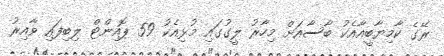
ރޭގެ ކާމިޔާބީއާއެކު ބާސާއަށް މިހާރު ލީގުގައި މުޅިއެކު 59 ޕޮއިންޓް ލިބިފައި ވާއިރު